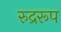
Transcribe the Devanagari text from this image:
रुद्ररूप